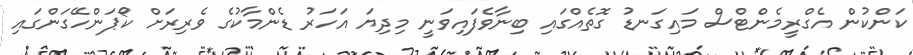
ކަންކުން އެގްރީމެންޓްސް މައިގަނޑު ގޮތެއްގައި ބިނާވެފައިވަނީ މިދިޔަ އަހަރު ޑެންމާކުގެ ވެރިރަށް ކޯޕަންހޭގަންގައި